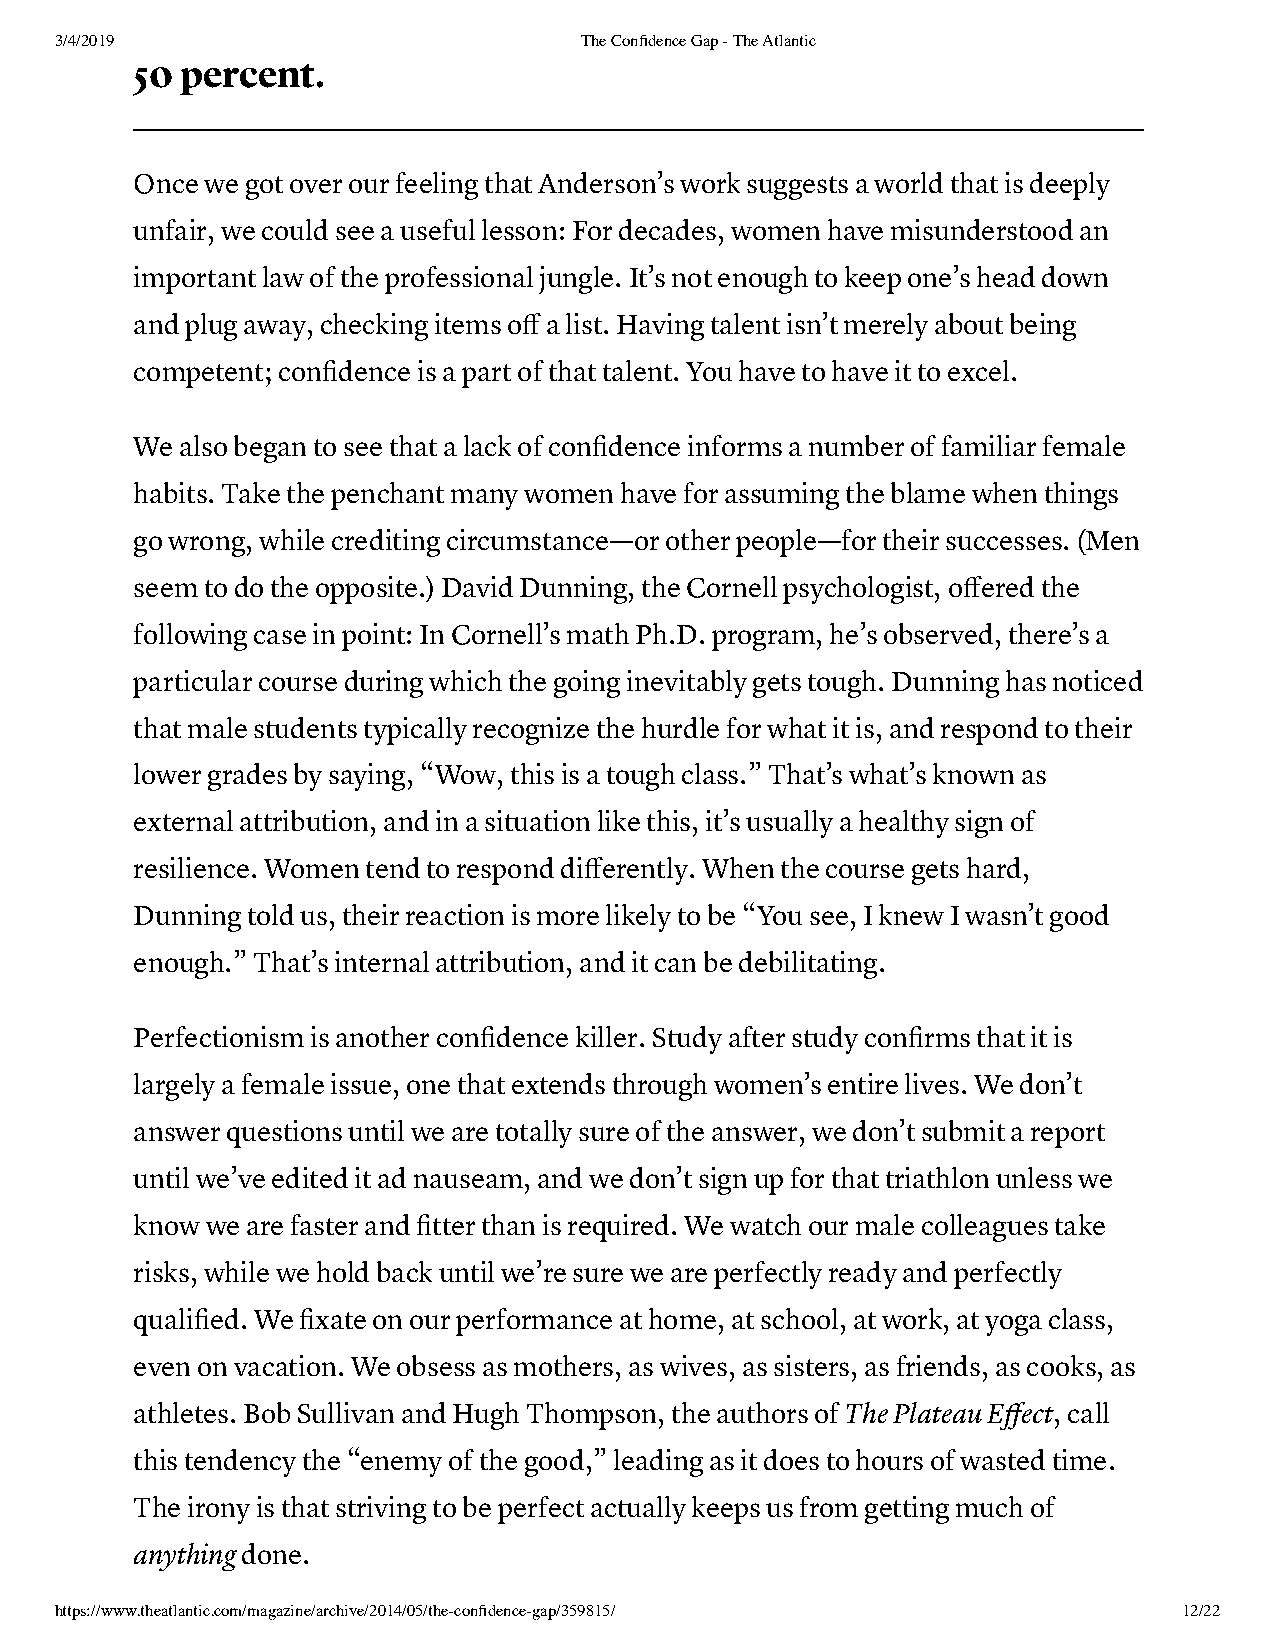
3/4/2019                          The Confidence Gap - The Atlantic
 50 percent.
 Once we got over our feeling that Anderson’s work suggests a world that is deeply
 unfair, we could see a useful lesson: For decades, women have misunderstood an
 important law of the professional jungle. It’s not enough to keep one’s head down
 and plug away, checking items off a list. Having talent isn’t merely about being
 competent; confidence is a part of that talent. You have to have it to excel.
 We also began to see that a lack of confidence informs a number of familiar female
 habits. Take the penchant many women have for assuming the blame when things
 go wrong, while crediting circumstance—or other people—for their successes. (Men
 seem to do the opposite.) David Dunning, the Cornell psychologist, offered the
 following case in point: In Cornell’s math Ph.D. program, he’s observed, there’s a
 particular course during which the going inevitably gets tough. Dunning has noticed
 that male students typically recognize the hurdle for what it is, and respond to their
 lower grades by saying, “Wow, this is a tough class.” That’s what’s known as
 external attribution, and in a situation like this, it’s usually a healthy sign of
 resilience. Women tend to respond differently. When the course gets hard,
 Dunning told us, their reaction is more likely to be “You see, I knew I wasn’t good
 enough.” That’s internal attribution, and it can be debilitating.
 Perfectionism is another confidence killer. Study after study confirms that it is
 largely a female issue, one that extends through women’s entire lives. We don’t
 answer questions until we are totally sure of the answer, we don’t submit a report
 until we’ve edited it ad nauseam, and we don’t sign up for that triathlon unless we
 know we are faster and fitter than is required. We watch our male colleagues take
 risks, while we hold back until we’re sure we are perfectly ready and perfectly
 qualified. We fixate on our performance at home, at school, at work, at yoga class,
 even on vacation. We obsess as mothers, as wives, as sisters, as friends, as cooks, as
 athletes. Bob Sullivan and Hugh Thompson, the authors of The Plateau Effect, call
 this tendency the “enemy of the good,” leading as it does to hours of wasted time.
 The irony is that striving to be perfect actually keeps us from getting much of
 anything done.
 https://www.theatlantic.com/magazine/archive/2014/05/the-confidence-gap/359815/ 12/22